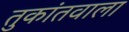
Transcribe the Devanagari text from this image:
तुकांतवाला